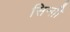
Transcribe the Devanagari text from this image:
सिन्ग़ी